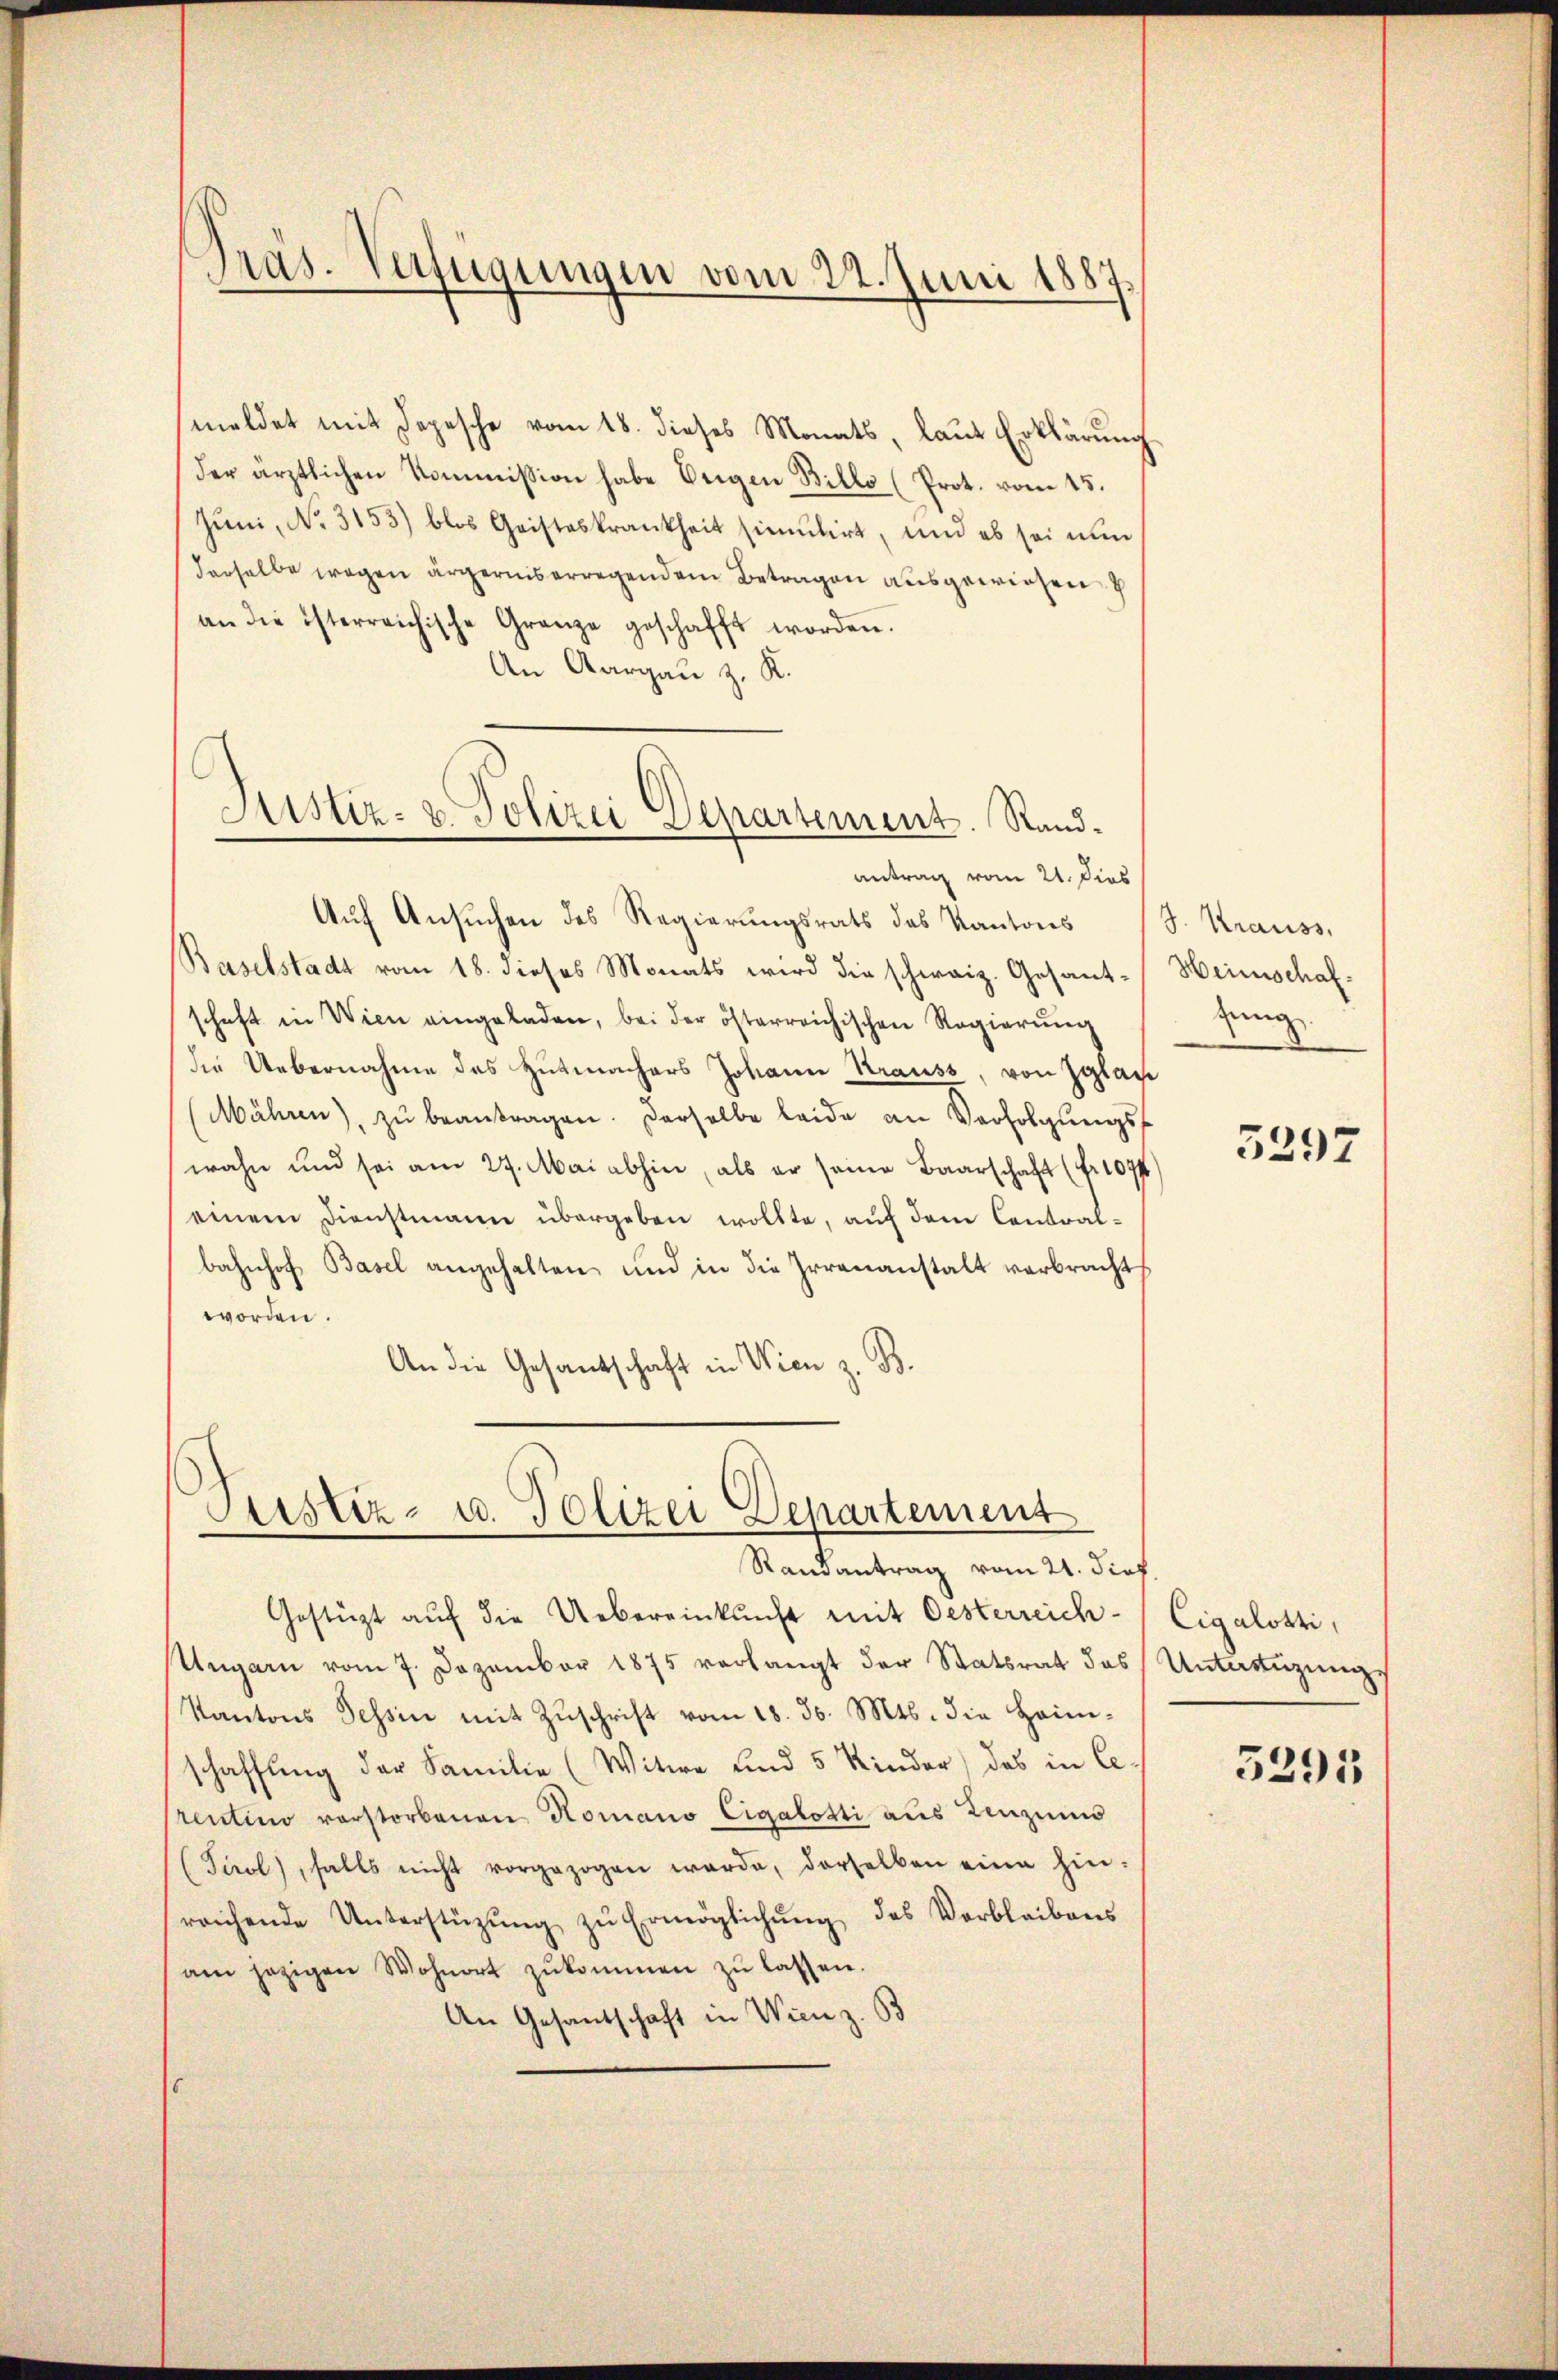
Präs. Verfügungen vom 22. Juni 1887.

meldet mit Depesche vom 18. dieses Monats, laut Erklärung
der ärztlichen Kommission habe beigen Billo (Prot. vom 15.
Juni, No. 3153) blos Geisteskrankheit simulirt, und es sei nun
derselbe wegen ärgerniserregendem Betragen ausgewiesen
an die österreichische Gränze geschafft worden.
An Aargau z. K.
antrag vom 21. Dies
Auf Ansuchen des Regierungsrats das Kantons
Baselstadt vom 18. dieses Monats wird die schweiz. Gesant-
schaft in Wien eingeladen, bei der österreichischen Regierŭng
die Uebernahme des Hutmachers Johann Krauss, von Zylan
Mähren), zŭ beantragen. Derselbe beide an Verfolgŭngsf
wahn und sei am 27. Mai abhin, als er seine Baarschaft (fr. 1077)
einem Dienstmann übergeben wollte, auf dem Contralbahnhof Basel angehalten und in die Irrenanstalt verbracht
worden.
An die Gesandschaft in Wien z. B.

Justiz- & Polizei Departement. Rand¬
—
e

Justiz- u. Polizei Departement
Randantrag vom 21. dies.

Gestützt auf die Uebereinkunft mit Oesterreich-
Ungarn vom 7. Dezember 1875 verlangt der Statsrat des Untertüzungs
Kantons Tessin mit Zŭschrift vom 18. d. Mts. die Heim-
schaffung der Familie (Witwe und 5 Kinder) das in Cerentino verstorbenen Romano Cigalotti aus Zenzins
(Tirol, falls nicht vorgezogen werde, derselben eine hin-
raichende Unterstüzŭng zŭ Ermöglichŭng des Verbleibens
am jezigen Wohnort zŭkommen zŭ lassen.
An Gesantschaft in Wien z. B

J. Krauss.
Heimschaf
zing

3297

Cigalozzi,

3295